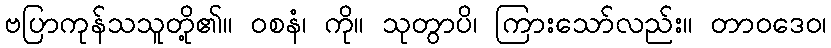
ဗပြာကုန်သသူတို့၏။ ဝစနံ၊ ကို။ သုတွာပိ၊ ကြားသော်လည်း။ တာဝဒေဝ၊